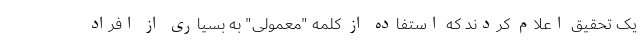
یک تحقیق اعلام کردند که استفاده از کلمه "معمولی" به بسیاری از افراد